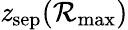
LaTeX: \mathit{z}_{\textrm{{sep}}}(\mathcal{{R}}_{\textrm{{max}}})